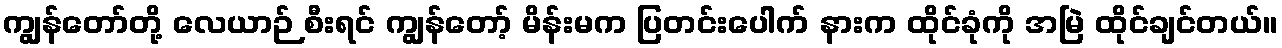
ကျွန်တော်တို့ လေယာဉ် စီးရင် ကျွန်တော့် မိန်းမက ပြတင်းပေါက် နားက ထိုင်ခုံကို အမြဲ ထိုင်ချင်တယ်။